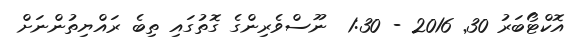
އޮކްޓޯބަރު 30